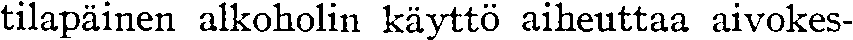
tilapäinen alkoholin käyttö aiheuttaa aivokes-